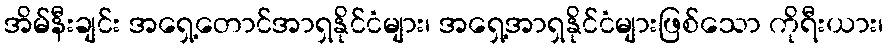
အိမ်နီးချင်း အရှေ့တောင်အာရှနိုင်ငံများ၊ အရှေ့အာရှနိုင်ငံများဖြစ်သော ကိုရီးယား၊